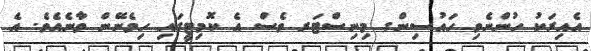
އެއިރަކު ހުންނެވި ހައުސިންގ މިނިސްޓަރ ވެސް އެ ކޮމިޓީގައި ހިމެނޭން ވާނެއެވެ. އެ